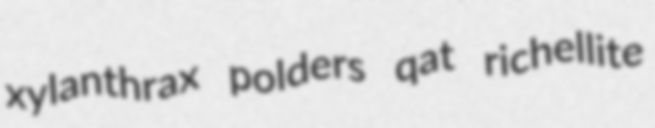
xylanthrax polders qat richellite